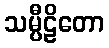
သမ္ပီဠိတော